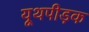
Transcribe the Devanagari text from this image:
यूथपीड़क